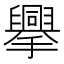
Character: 𢸁